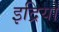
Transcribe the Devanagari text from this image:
इद्रियाँ